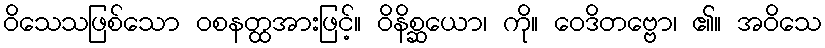
ဝိသေသဖြစ်သော ဝစနတ္ထအားဖြင့်။ ဝိနိစ္ဆယော၊ ကို။ ဝေဒိတဗ္ဗော၊ ၏။ အဝိသေ